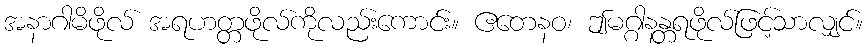
အနာဂါမိဖိုလ် အရဟတ္တဖိုလ်ကိုလည်းကောင်း။ ဧတေနဝ၊ ဤမဂ္ဂါနန္တရဖိုလ်ဖြင့်သာလျှင်။